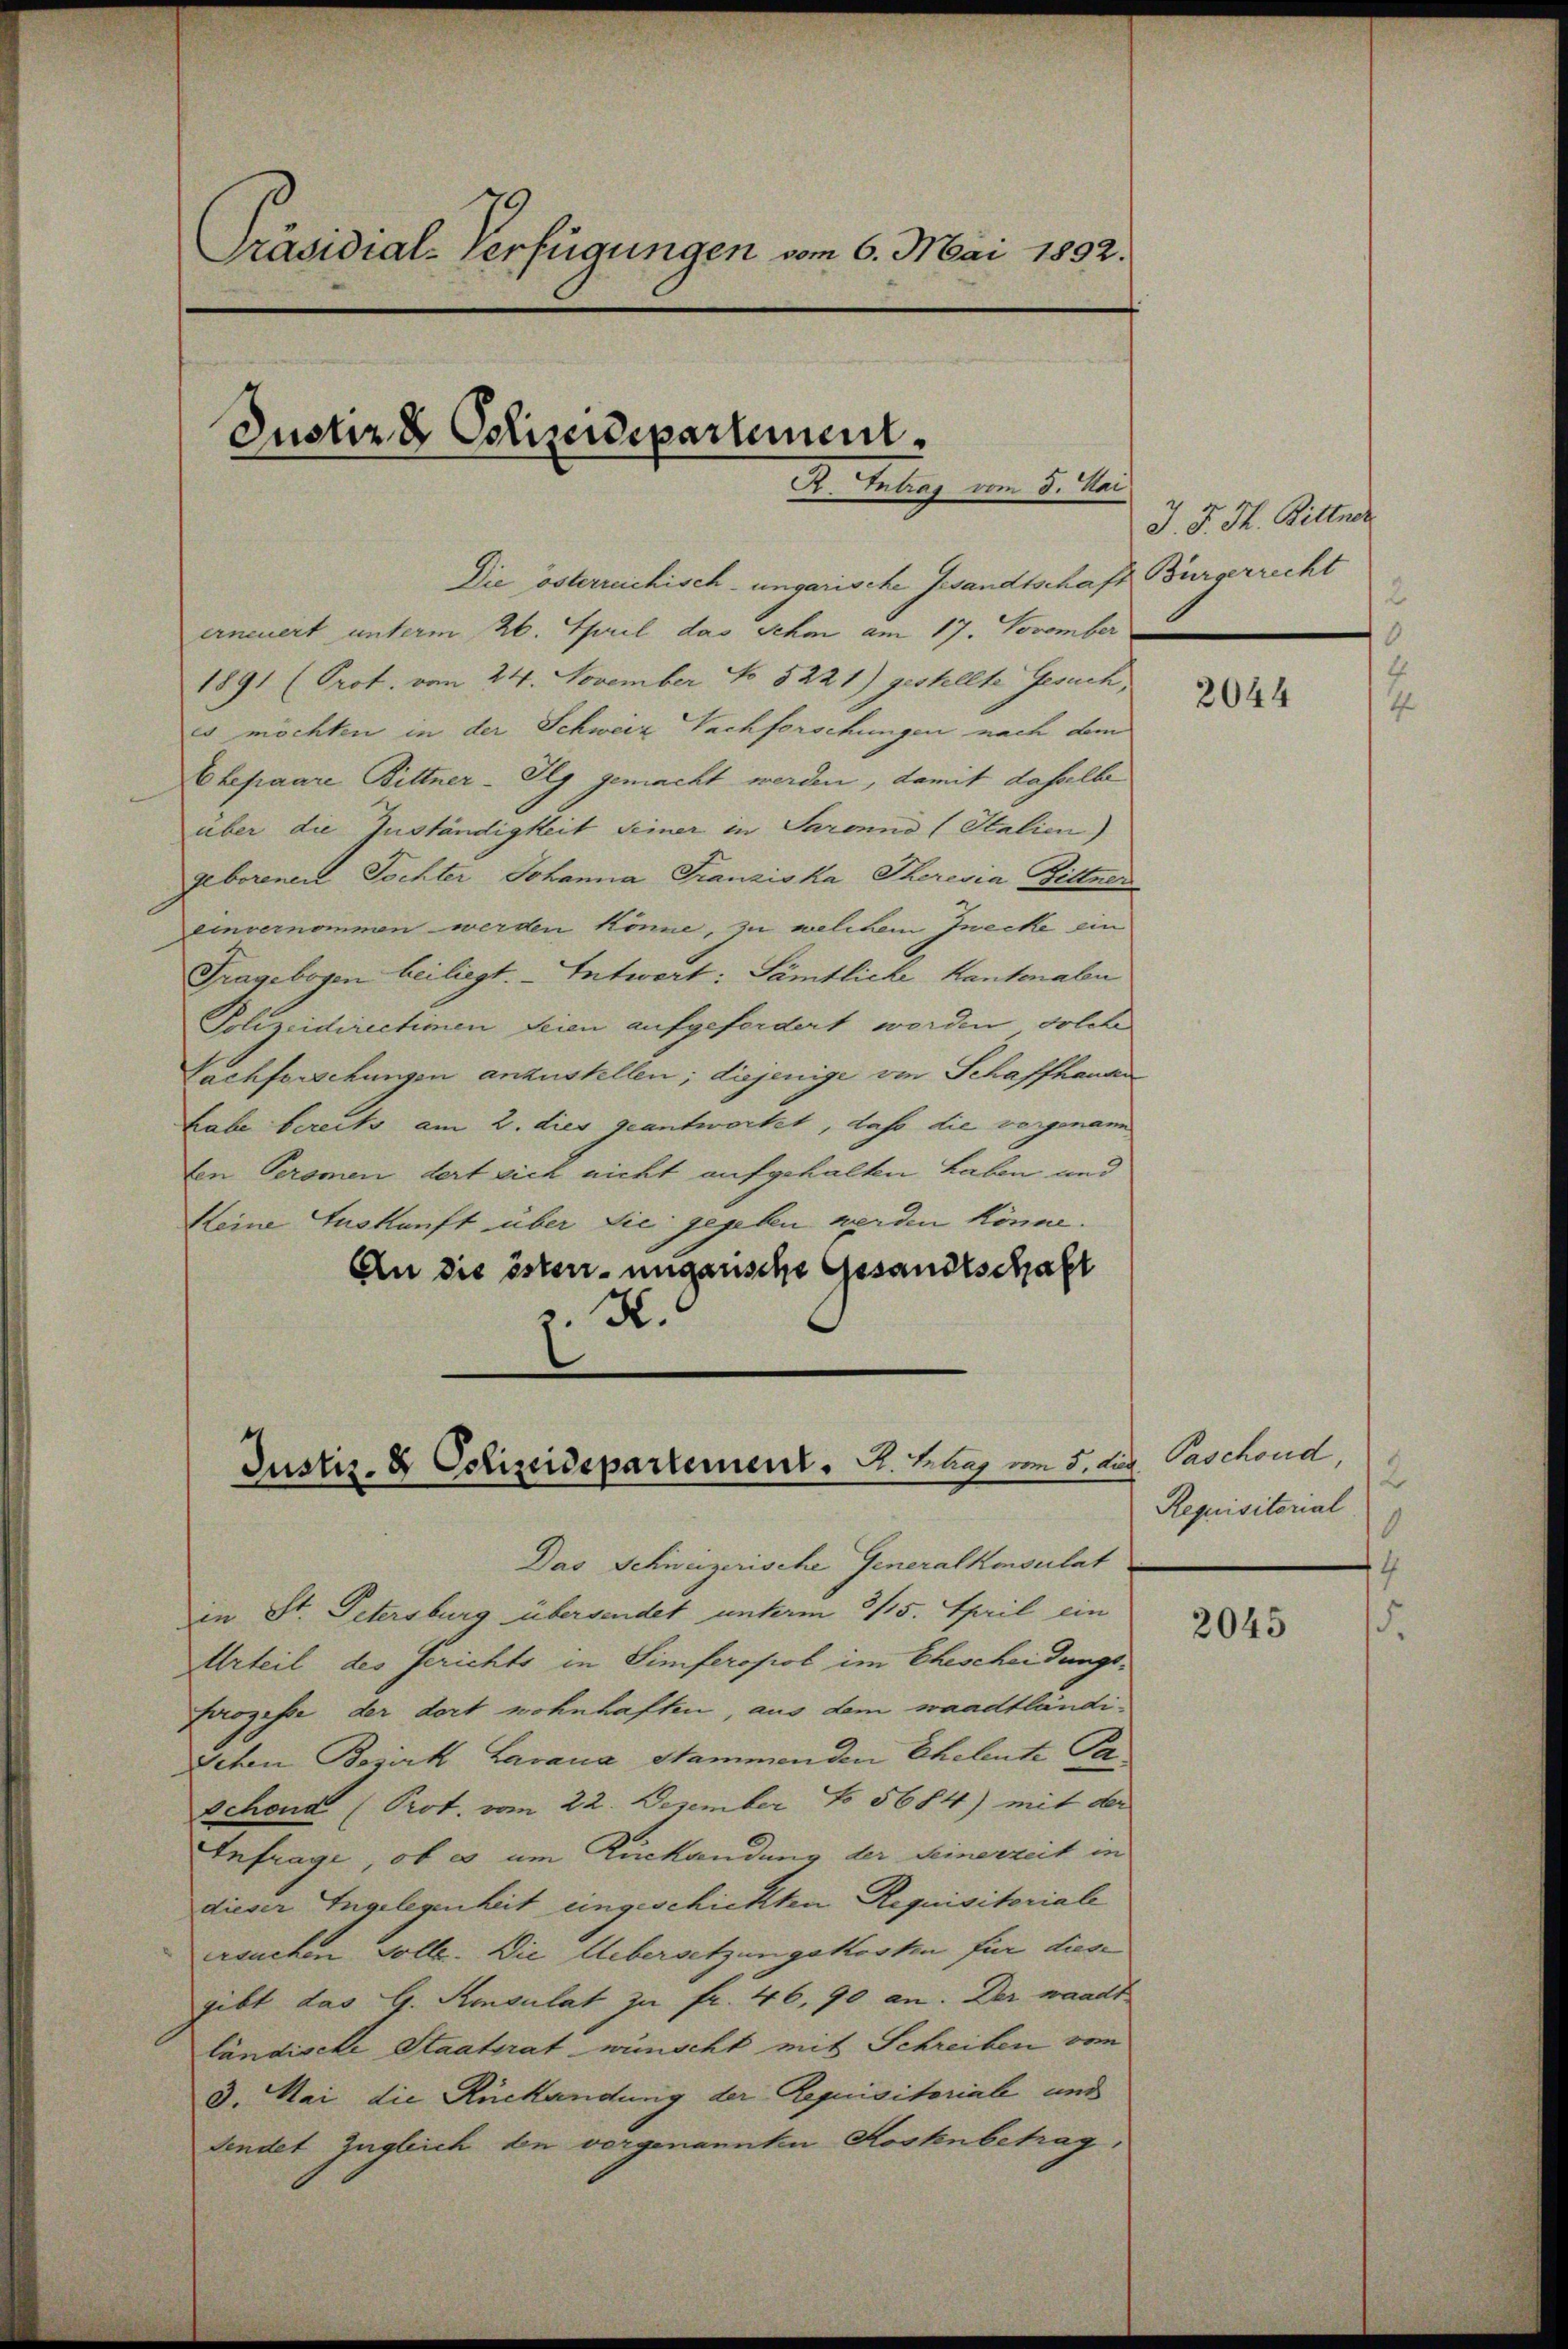
Präsidial-Verfügungen vom 6. Mai 1892.

Justiz & Polizeidepartement.

R. Antrag vom 5. Mai

Justiz- & Oclizeidepartement. I. Klar im 8. di

Die österreichisch-ungarische Gesandtschaft Bürgerrecht
erneuert unterm 26. April das Schm am 17. November
1891 (Prot. vom 24. November No 5221) gestellte Gesuch,
es möchten in der Schweiz Nachforschungen nach dem
Ehepaare Bittner-Ilg gemacht werden, damit dasselbe
über die Zuständigkeit seiner in Saranno (Stalien)
geborenen Tochter Johanna Franziska Theresia Bittner
einvernommen werden könne, zu welchem Zwecke ein
Fragebogen bei liegt. Entwort: Sämtliche Kantonalen
Polizeidirectionen Seien aufgefordert werden solche
Lachforschungen anzustellen; diejenige von Schaffhauen
habe bereits am 2. dies geantwortet, daß die vorgenann
ten Peromen dert sich nicht aufgehalten haben und
Keine Auskunft über die gegeben werden könne.
An die öster ungensche Gesandtschaft
.K.

J. J. H. Rittner
2

Das Schweizerische Generalkonsulat
in St. Petersburg übersendet unterm 3/15. April ein
Urteil des Gerichts in Simferopol im Ehescheidungs¬
Prozesse der dort wohnhaften, aus dem waadtländi¬
Schen Bezirk Lavana Stammenden Eheleute Pa
Schond (Prot. vom 22. Dezember No 5684) mit der
Infrage, ob es um Rückandung der Seinerzeit in
dieser Engelegenheit eingeschickten Requisitoriale
ersuchen solle. Die Uebersetzungskosten für diese
gibt das G. Konsulat zu fr. 46, 90 an. Der waadt
ländische Staatsrat wünscht mit Schreiben von
3. Mai die Rückandung der Requisitorial und
Fendet zugleich den vorgenannten Kostenbetrag,

2044

u Paschond,
2
Requisitorial
1
14

2045